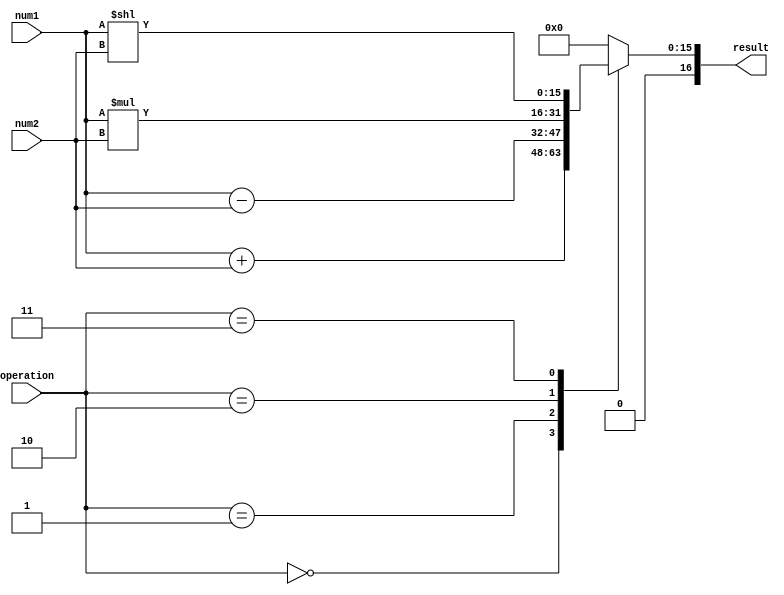
module half_precision_float_unit (
    input wire [15:0] num1,
    input wire [15:0] num2,
    input wire [2:0] operation,
    output reg [16:0] result
);

reg [15:0] multiplier_output;
reg [15:0] adder_output;
reg [15:0] subtractor_output;
reg [15:0] shifter_output;

always @(*)
begin
    case(operation)
        3'b000:  // addition
            begin
                adder_output = num1 + num2;
                result = adder_output;
            end
        3'b001:  // subtraction
            begin
                subtractor_output = num1 - num2;
                result = subtractor_output;
            end
        3'b010:  // multiplication
            begin
                multiplier_output = num1 * num2;
                result = multiplier_output;
            end
        3'b011:  // shifting
            begin
                shifter_output = num1 << num2; // shift left by num2 bits
                result = shifter_output;
            end
        default:
            result = 16'd0;  // default to 0 result
    endcase
end

endmodule